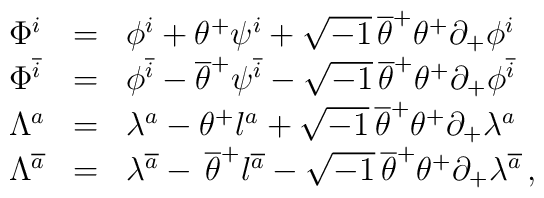
\begin{array}{lll}\Phi^{i}&=&\phi^{i}+\theta^+ \psi^i+\sqrt{-1}\,\overline{\theta}^+\theta^+\partial_+\phi^i\\\Phi^{\overline{i}}&=&\phi^{\overline{i}}-\overline{\theta}^+\psi^{\overline{i}} -\sqrt{-1}\,\overline{\theta}^+\theta^+\partial_+\phi^{\overline{i}}\\\Lambda^{a}&=&\lambda^a-\theta^+ l^a +\sqrt{-1}\,\overline{\theta}^+\theta^+\partial_+\lambda^a\\\Lambda^{\overline{a}}&=&\lambda^{\overline{a}}-\,\overline{\theta}^+l^{\overline{a}}- \sqrt{-1}\,\overline{\theta}^+\theta^+\partial_+\lambda^{\overline{a}}\,,  \end{array}